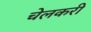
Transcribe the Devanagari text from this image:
चेलकरी